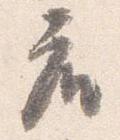
座